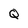
Character: Q